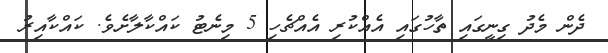
ދެން މެދު ގިނީގައި ތާހުގައި އެއްކުރި އެއްޗެހި 5 މިނެޓު ކައްކާލާށެވެ. ކައްކާއިރު